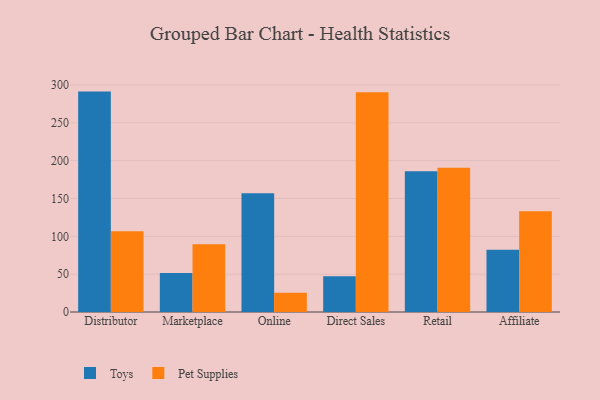
{"axis": {"x": "Channel", "y": "Operating Costs (USD K)"}, "legend": ["Pet Supplies", "Toys"], "data": [{"x": "Distributor", "y": 291.3, "type": "Toys"}, {"x": "Distributor", "y": 106.8, "type": "Pet Supplies"}, {"x": "Marketplace", "y": 51.4, "type": "Toys"}, {"x": "Marketplace", "y": 89.4, "type": "Pet Supplies"}, {"x": "Online", "y": 157.0, "type": "Toys"}, {"x": "Online", "y": 25.4, "type": "Pet Supplies"}, {"x": "Direct Sales", "y": 47.2, "type": "Toys"}, {"x": "Direct Sales", "y": 290.5, "type": "Pet Supplies"}, {"x": "Retail", "y": 185.9, "type": "Toys"}, {"x": "Retail", "y": 190.7, "type": "Pet Supplies"}, {"x": "Affiliate", "y": 82.2, "type": "Toys"}, {"x": "Affiliate", "y": 133.1, "type": "Pet Supplies"}]}